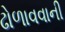
ઢોળાવવાની